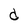
Character: d